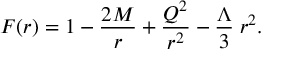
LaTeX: F ( r ) = 1 - { \frac { 2 M } { r } } + { \frac { Q ^ { 2 } } { r ^ { 2 } } } - { \frac { \Lambda } { 3 } } \; r ^ { 2 } .